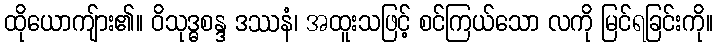
ထိုယောကျ်ား၏။ ဝိသုဒ္ဓစန္ဒ ဒဿနံ၊ အထူးသဖြင့် စင်ကြယ်သော လကို မြင်ရခြင်းကို။